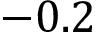
- 0 . 2